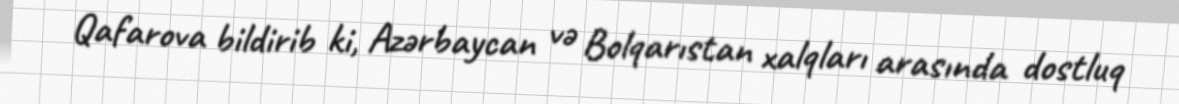
Qafarova bildirib ki, Azərbaycan və Bolqarıstan xalqları arasında dostluq